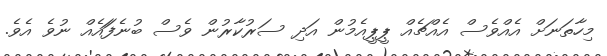
މިހާތަނަށް އެއްވެސް އެއްޗެއް ޕީޕީއެމުން އަދި ސަރުކާރުން ވެސް ބުނެފަައެއް ނުވެ އެވެ.